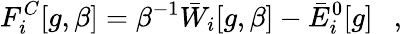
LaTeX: F_{i}^{C}[g,\beta]=\beta^{-1}\bar{W}_{i}[g,\beta]-\bar{E}_{i}^{0}[g]~~~,